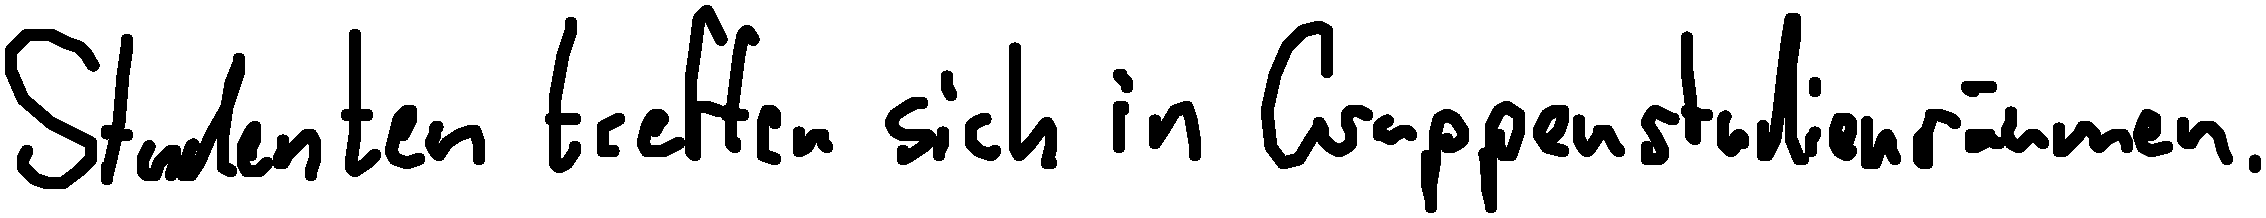
Studenten treffen sich in Gruppenstudienräumen.